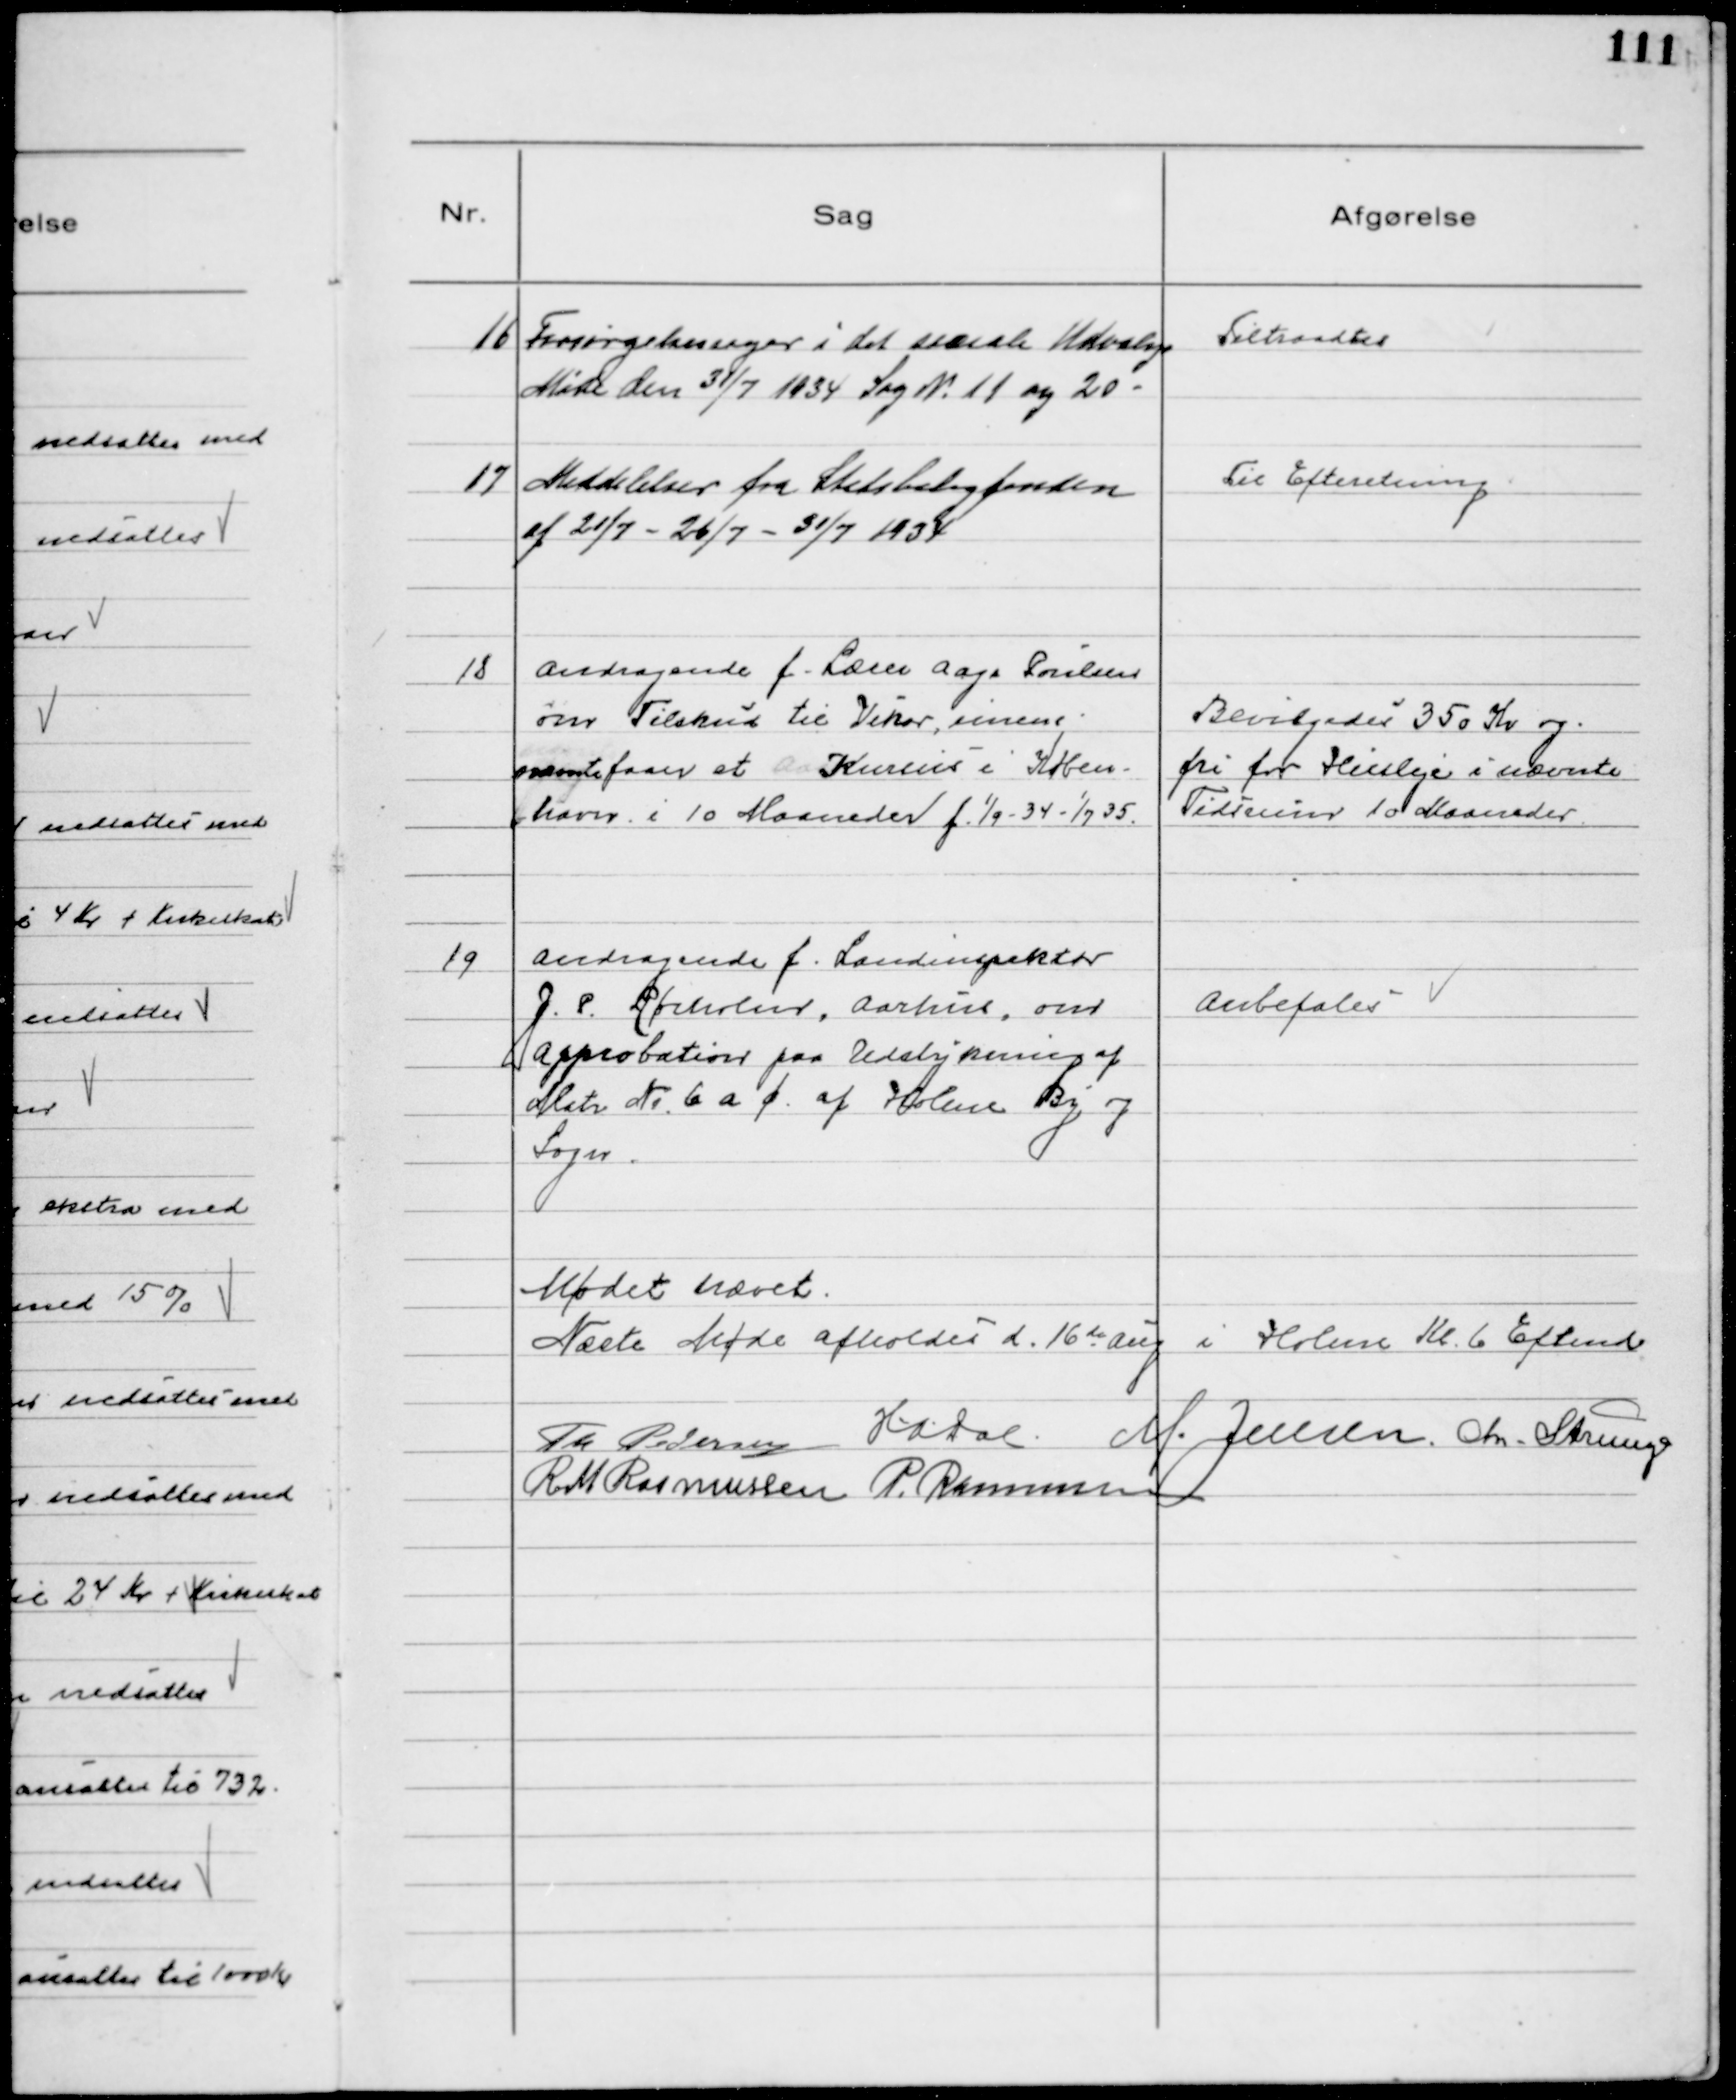
Transskription:
16
Forsørgelsessager i det sociale Udvalgs
Møde den 31/7 1934 Sag № 11 og 20

Tiltraadtes

17
Meddelelser fra Statsboligfonden
af 21/7 - 26/7 - 31/7 1934

Til Efteretning

18
Andragende f. Lærer Aage Poulsen
om Tilskud til Vikar, imens
nævnte faar et Kursus i Køben-
-havn i 10 Maaneder f. 1/9 - 34 - 1/7 35.

Bevilgedes 350 Kr og
fri for Husleje i nævnte
Tidsrum 10 Maaneder.

19
Andragende f. Landinspektør
J. P. Rørholm, Aarhus, om
Approbation paa Udstykning af
Matr № 6 a c. af Holme By og
Sogn.

Anbefales

Mødet hævet.
Næste Møde afholdes d. 16de Aug i Holme Kl. 6 Eftmd.
Th Pedersen H.A. Dal
M. Jensen. Chr. Strunge
R M Rasmussen P. Rasmussen